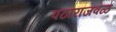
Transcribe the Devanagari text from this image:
पठाराजवळ